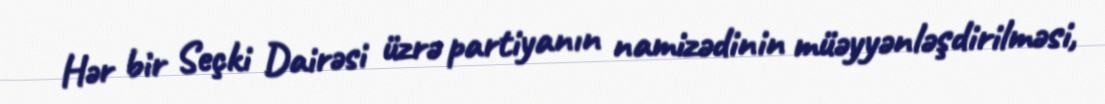
Hər bir Seçki Dairəsi üzrə partiyanın namizədinin müəyyənləşdirilməsi,